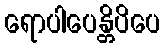
ရောပါပေန္တိပိပေ